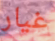
غيار